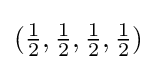
({\tfrac {1}{2}},{\tfrac {1}{2}},{\tfrac {1}{2}},{\tfrac {1}{2}})